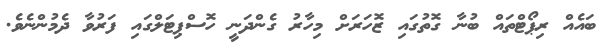
ބައެއް ރިޕޯޓްތައް ބުނާ ގޮތުގައި ޒޮހަރަށް މިހާރު ގެންދަނީ ހޮސްޕިޓަލްގައި ފަރުވާ ދެމުންނެވެ.